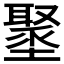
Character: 𡒍